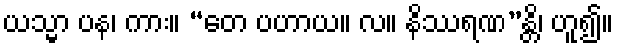
ယသ္မာ ပန၊ ကား။ “တေ ပဟာယ။ လ။ နိဿရဏ”န္တိ၊ ဟူ၍။